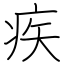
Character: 疾